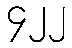
၄၂၂